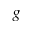
g